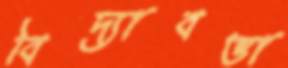
বিদ্যাবত্তা